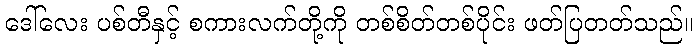
ဒေါ်လေး ပစ်တီနှင့် စကားလက်တို့ကို တစ်စိတ်တစ်ပိုင်း ဖတ်ပြတတ်သည်။